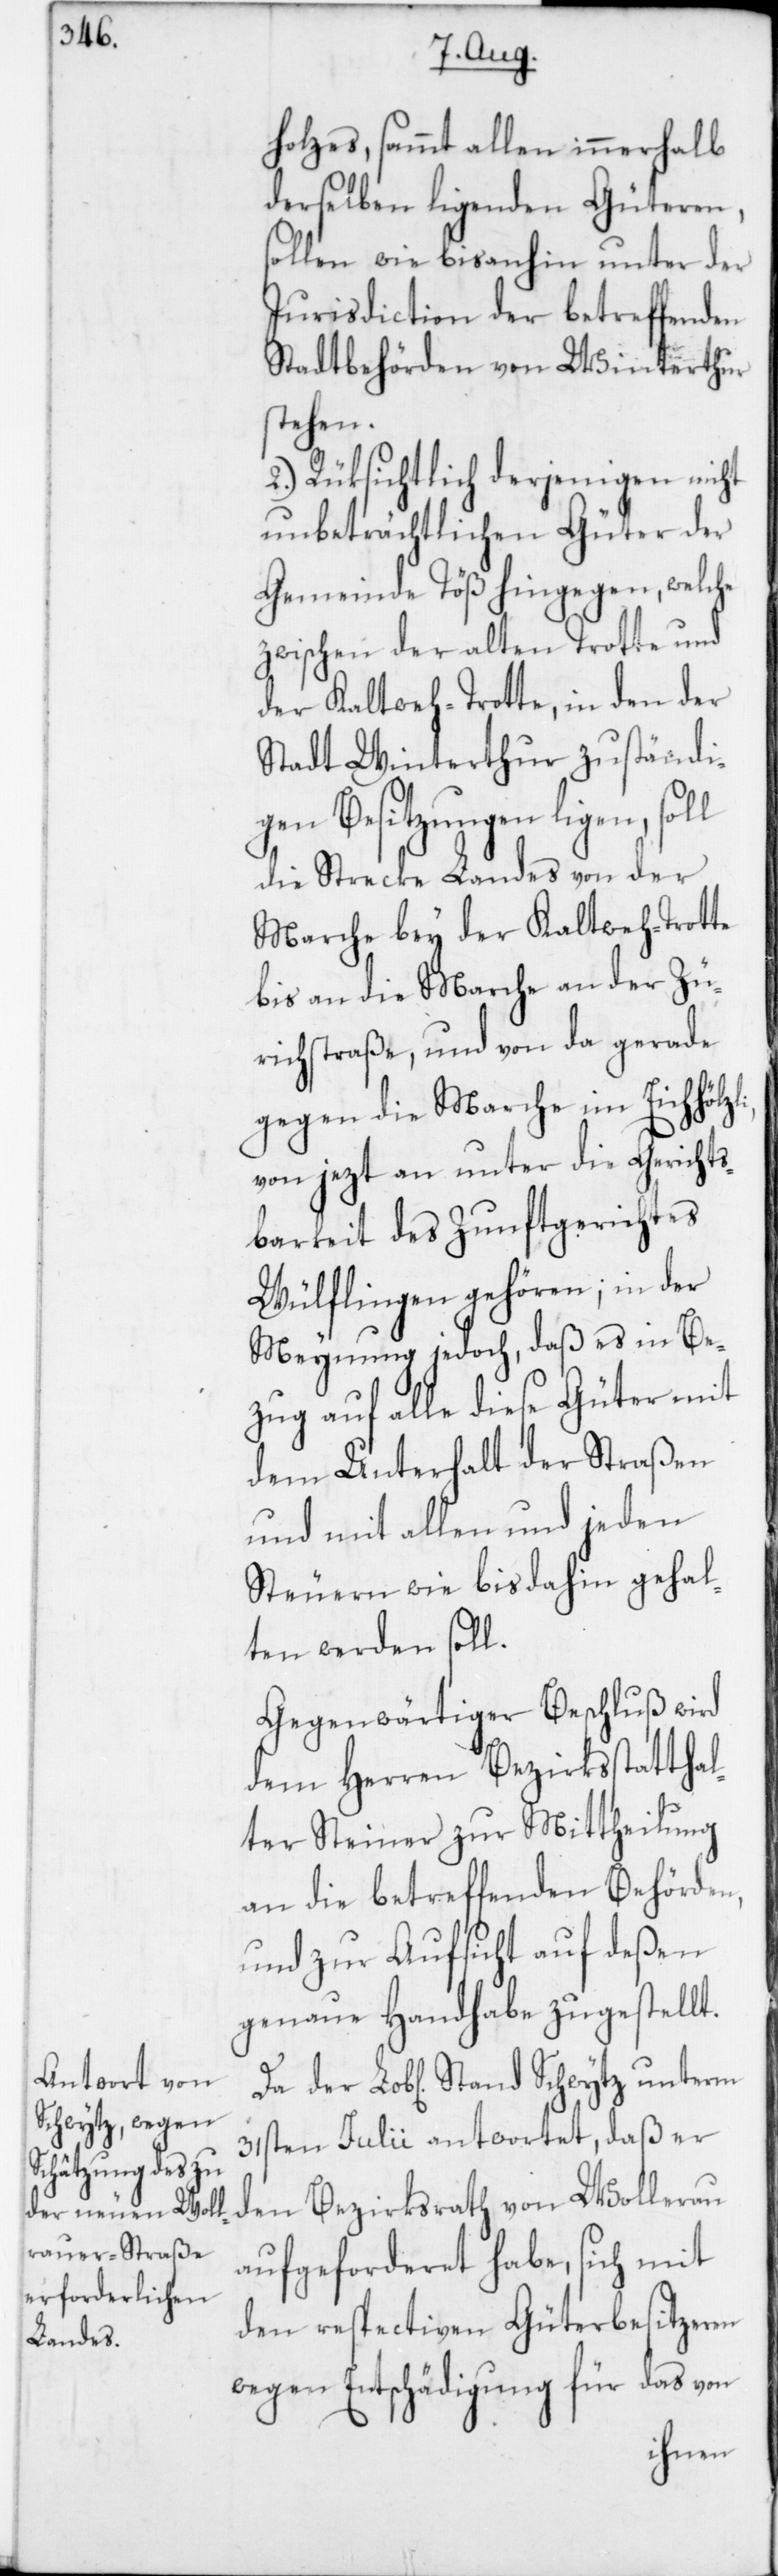
zli,
holzes, sammt allen innerhalb
derselben ligenden Güteren,
sollen wie bisanhin unter der
Jurisdiction der betreffenden
Stadtbehörden von Winterthur
stehen.
2. Rüksichtlich derjenigen nicht
unbeträchtlichen Güter der
Gemeinde Töß hingegen, welche
zwischen der alten Trotte und
der Kaltweh-Trotte, in den der
Stadt Winterthur zuständi¬
gen Besitzungen ligen,
die Strecke Landes von der
Marche bey der Kaltweh-Trotte
bis an die Marche an der Zü¬
richstraße, und von da gerade
gegen die Marche im Eichhöl¬
von jezt an unter die Gerichts¬
barkeit des Zunftgerichtes
Wülflingen gehören, in der
Meynung jedoch, daß es in Be¬
zug auf alle diese Güter mit
dem Unterhalt der Straßen
und mit allen und jeden
Steuern wie bis dahin gehal¬
ten werden soll.
Gegenwärtiger Beschluß wird
dem Herren Bezirksstatthal¬
ter Steiner zur Mittheilung
an die betreffenden Behörden,
und zur Aufsicht auf deßen
genaue Handhabe zugestellt.
31sten Julii antwortet, daß er
den Bezirksrath von Wollerau
aufgeforderet habe, sich mit
den respectiven Güterbesitzeren
wegen Entschädigung für das von